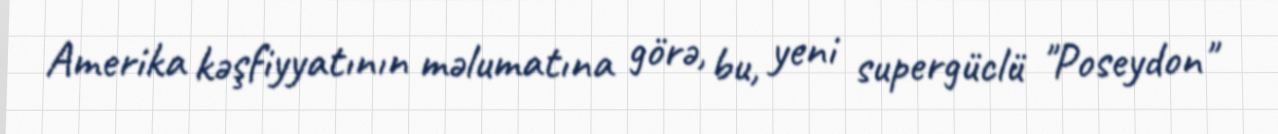
Amerika kəşfiyyatının məlumatına görə, bu, yeni supergüclü "Poseydon"